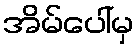
အိမ်ပေါ်မှ